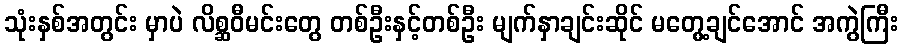
သုံးနှစ်အတွင်း မှာပဲ လိစ္ဆဝီမင်းတွေ တစ်ဦးနှင့်တစ်ဦး မျက်နှာချင်းဆိုင် မတွေ့ချင်အောင် အကွဲကြီး